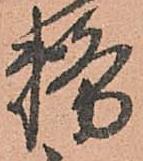
務